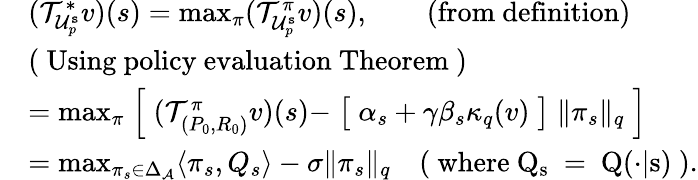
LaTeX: \begin{array}{rl}&{(\mathcal{T}_{\mathcal{U}_{p}^{\texttt{s}}}^{*}v)(s)=\operatorname*{max}_{\pi}(\mathcal{T}_{\mathcal{U}_{p}^{\texttt{s}}}^{\pi}v)(s),\qquad\mathrm{(from~definition)}}\\ &{\mathrm{(~Using~policy~evaluation~Theorem~)}}\\ &{=\operatorname*{max}_{\pi}\Bigm[(\mathcal{T}_{(P_{0},R_{0})}^{\pi}v)(s)-\bigm[\alpha_{s}+\gamma\beta_{s}\kappa_{q}(v)\bigm]\lVert\pi_{s}\rVert_{q}\Bigm]}\\ &{=\operatorname*{max}_{\pi_{s}\in\Delta_{\mathcal{A}}}\langle\pi_{s},Q_{s}\rangle-\sigma\lVert\pi_{s}\rVert_{q}\quad\mathrm{(~where~Q_s~=~Q(\cdot|s)~).}}\end{array}